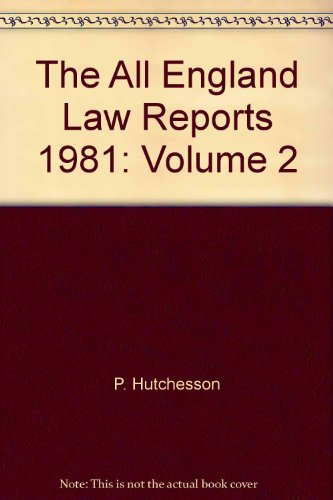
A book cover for The All England Law Reports 1981 Vol 2; P Watson, B Shockett, W Hutchesson; Law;